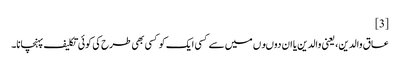
[3]
عاق والدین، یعنی والدین یا ان دوںوں میں سے کسی ایک کو کسی بھی طرح کی کوئی تکلیف پہنچانا۔